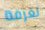
لغرفة